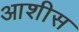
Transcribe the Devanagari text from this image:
आशीस